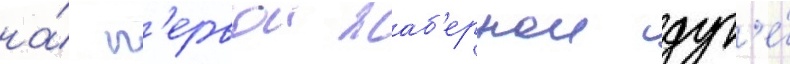
на́ п'ервои жаб'ернои дуг'е́